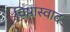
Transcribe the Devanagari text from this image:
विषास्वाद